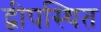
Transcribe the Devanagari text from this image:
द्वीपस्थित